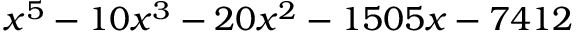
x ^ { 5 } - 1 0 x ^ { 3 } - 2 0 x ^ { 2 } - 1 5 0 5 x - 7 4 1 2